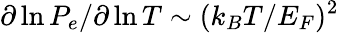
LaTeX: \partial\ln P_{e}/\partial\ln T\sim(k_{B}T/E_{F})^{2}